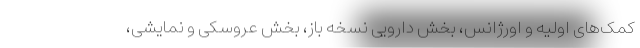
کمک‌های اولیه و اورژانس، بخش دارویی نسخه باز، بخش عروسکی و نمایشی،